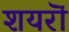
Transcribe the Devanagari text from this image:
शयरॊं